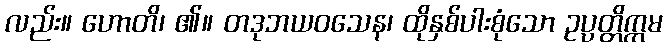
လည်း။ ဟောတိ၊ ၏။ တဒုဘယဝသေန၊ ထိုနှစ်ပါးစုံသော ဥပ္ပတ္တိက္ကမ